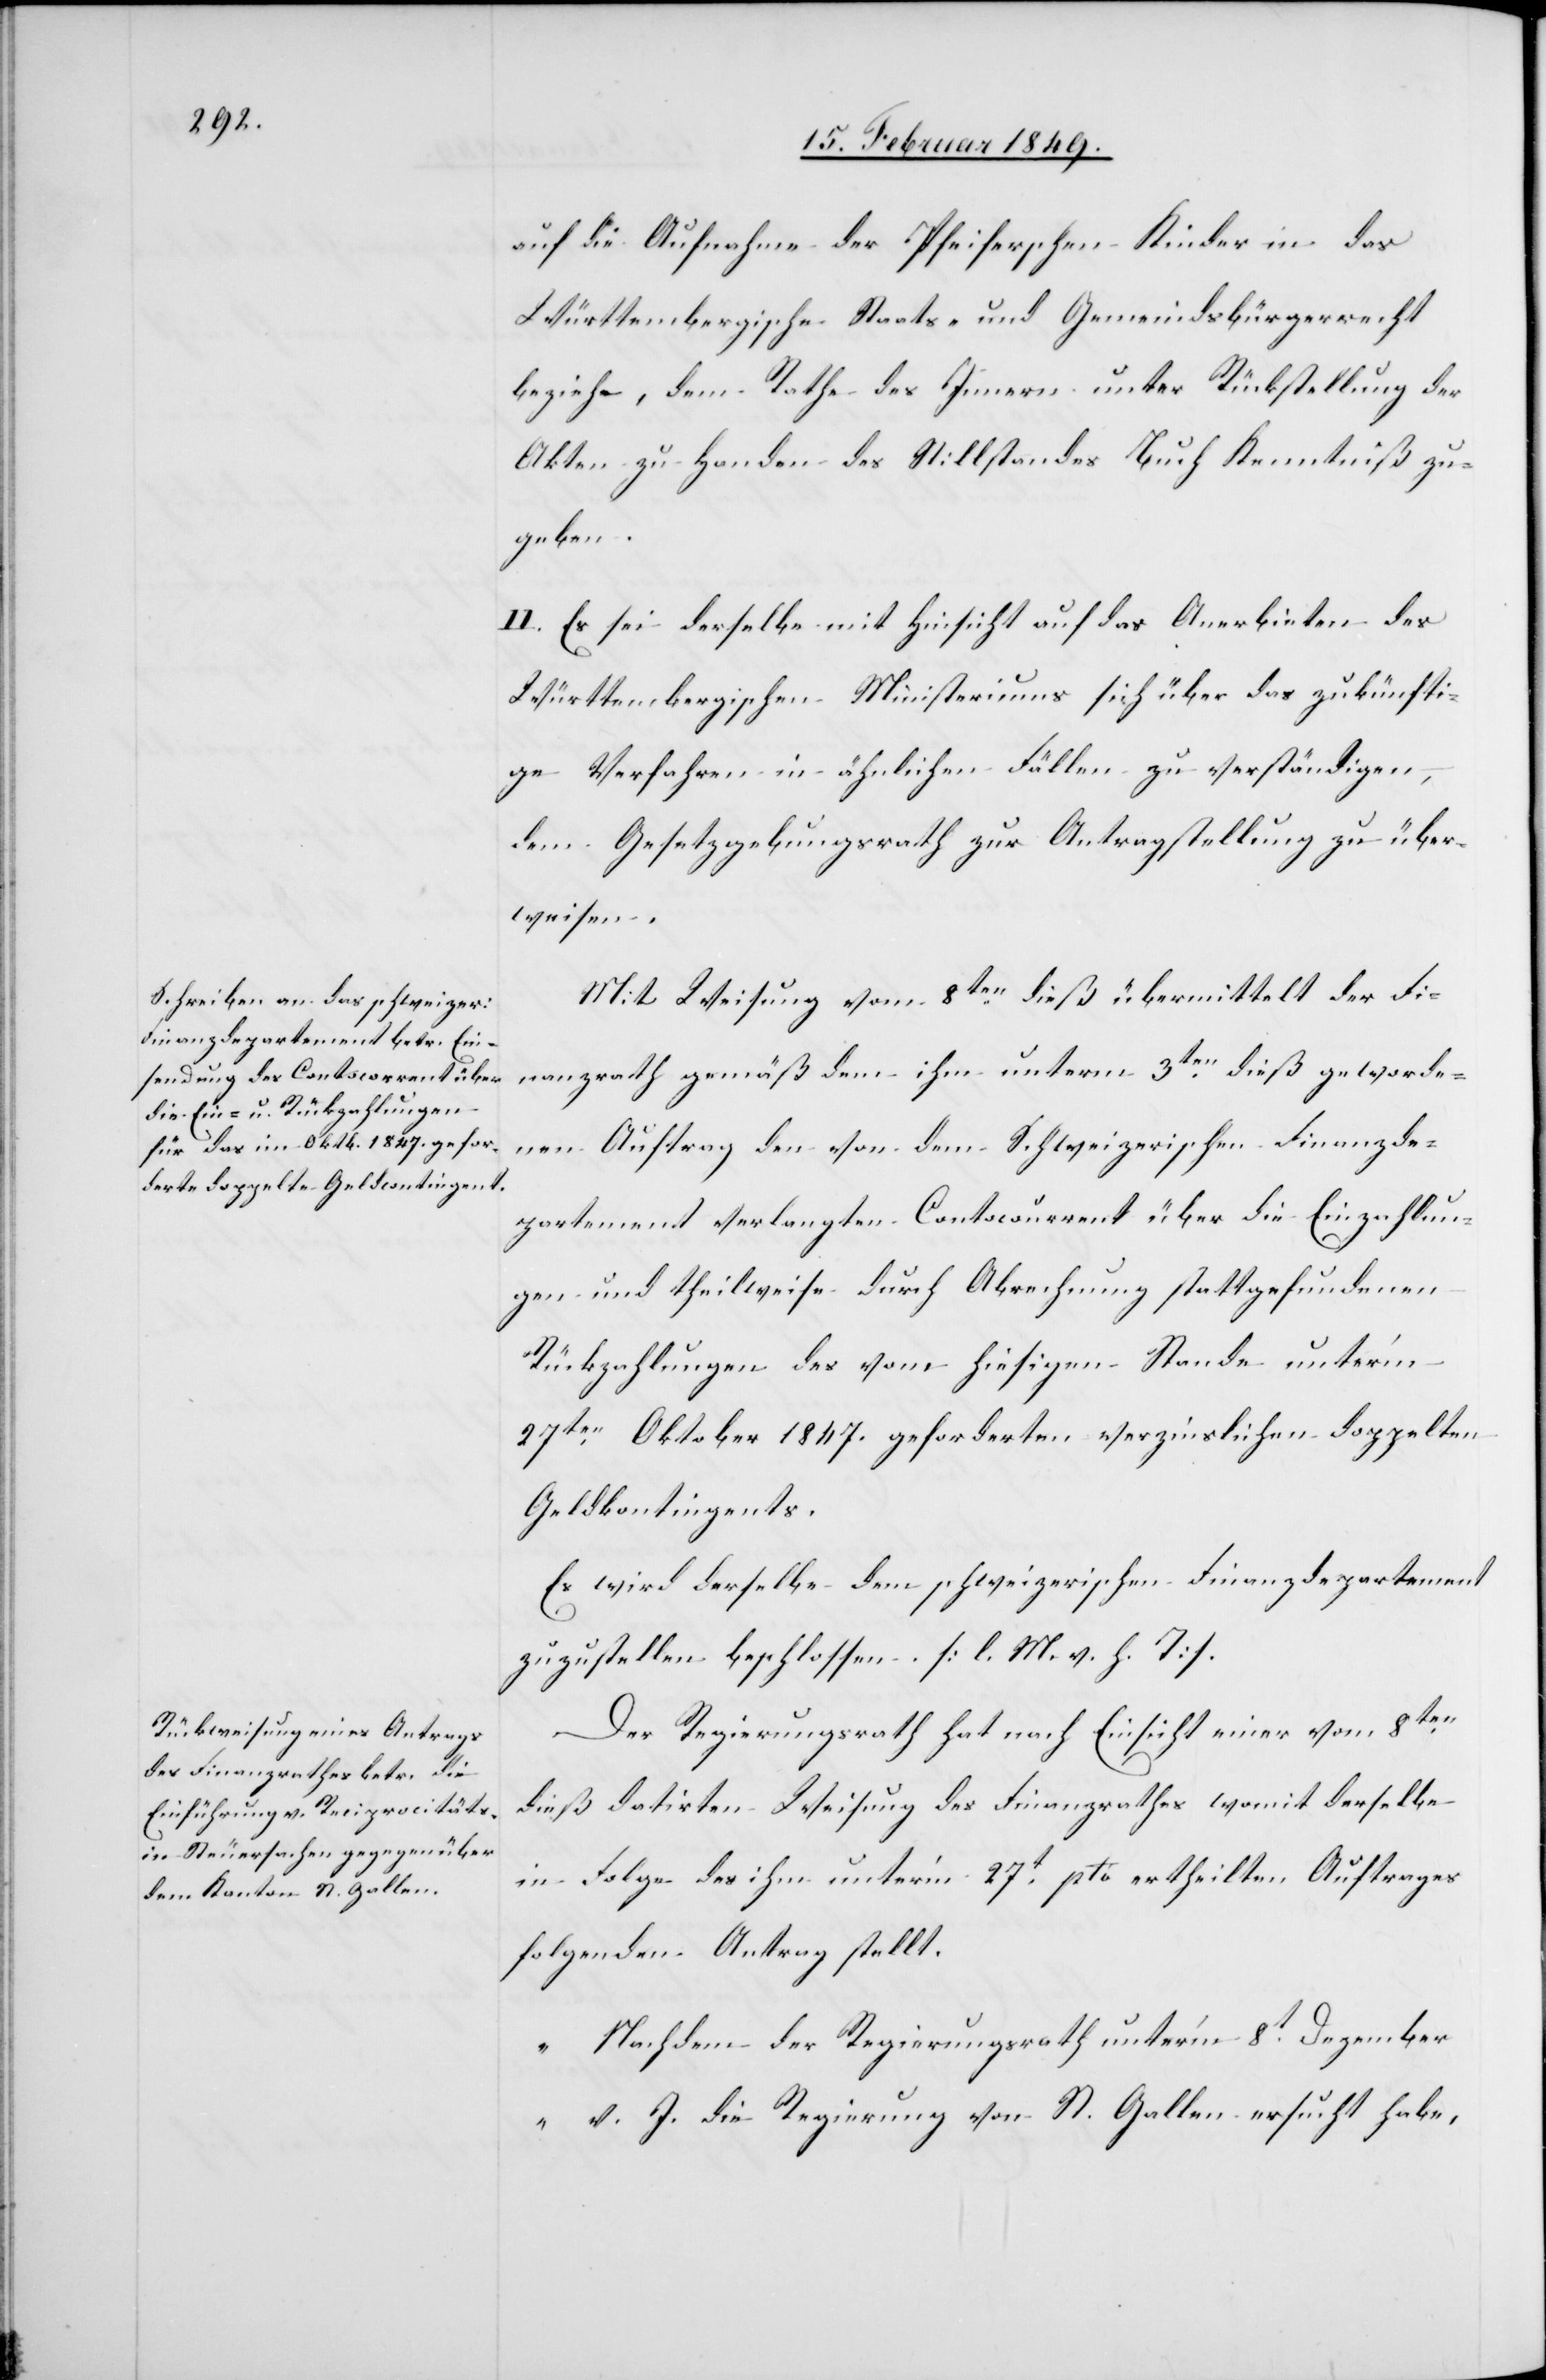
auf die Aufnahme der Pfeiferschen Kinder in das
Württembergische Staats- und Gemeindsbürgerrecht
beziehe, dem Rathe des Innern unter Rückstellung der
Akten zu Handen des Stillstandes Buch Kenntniß zu
geben.
II. Es sei derselbe mit Hinsicht auf das Anerbieten des
Württembergischen Ministeriums sich über das zukünfti¬
ge Verfahren in ähnlichen Fällen zu verständigen,
dem Gesetzgebungsrath zur Antragstellung zu über¬
weisen.
Mit Weisung vom 8ten. dieß übermittelt der Fi¬
nanzrath gemäß dem ihm unterm 3ten. dieß geworde¬
nen Auftrag den von dem Schweizerischen Finanzde¬
partement verlangten Contocourrent über die Einzahlun¬
gen und theilweise durch Abrechnung stattgefundenen
Rückzahlungen des vom hiesigen Stande unter’m
27ten. Oktober 1847. geforderten verzinslichen doppelten
Geldkontingents.
Es wird derselbe dem schweizerischen Finanzdepartement
zuzustellen beschlossen. [l. M. v. h. T].
Der Regierungsrath hat nach Einsicht einer vom 8ten.
dieß datirten Weisung des Finanzrathes womit derselbe
in Folge des ihm unter’m 27t. pto ertheilten Auftrages
folgenden Antrag stellt.
„Nachdem der Regierungsrath unter’m 8t. Dezember
v. J. die Regierung von St. Gallen ersucht habe,